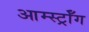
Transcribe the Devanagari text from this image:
आर्म्स्ट्राँग